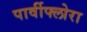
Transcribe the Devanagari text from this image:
पार्वीफ्लोरा